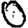
Digit: 0